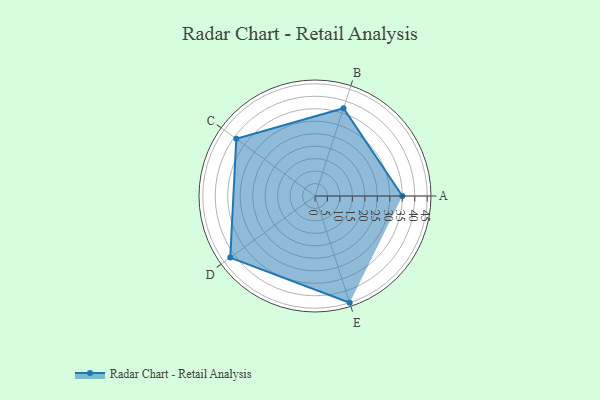
{"axis": {"x": "Skill", "y": "Score"}, "legend": ["Profile"], "data": [{"x": "A", "y": 35.0, "type": "Profile"}, {"x": "B", "y": 37.0, "type": "Profile"}, {"x": "C", "y": 39.0, "type": "Profile"}, {"x": "D", "y": 42.0, "type": "Profile"}, {"x": "E", "y": 45.0, "type": "Profile"}]}